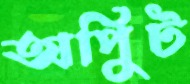
অপিুট